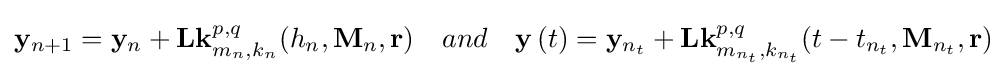
\mathbf {y} _{n+1}=\mathbf {y} _{n}+\mathbf {L\mathbf {k} } _{m_{n},k_{n}}^{p,q}(h_{n},\mathbf {M} _{n},\mathbf {r} )\quad and\quad \mathbf {y} \left(t\right)=\mathbf {y} _{n_{t}}+\mathbf {L\mathbf {k} } _{m_{n_{t}},k_{n_{t}}}^{p,q}(t-t_{n_{t}},\mathbf {M} _{n_{t}},\mathbf {r} )